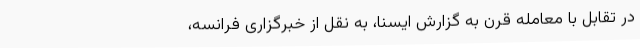
در تقابل با معامله قرن به گزارش ایسنا، به نقل از خبرگزاری فرانسه،